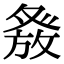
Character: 𭽂